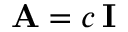
\mathbf { A } = c \, \mathbf { I }